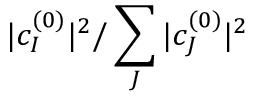
| c _ { I } ^ { ( 0 ) } | ^ { 2 } / \sum _ { J } | c _ { J } ^ { ( 0 ) } | ^ { 2 }